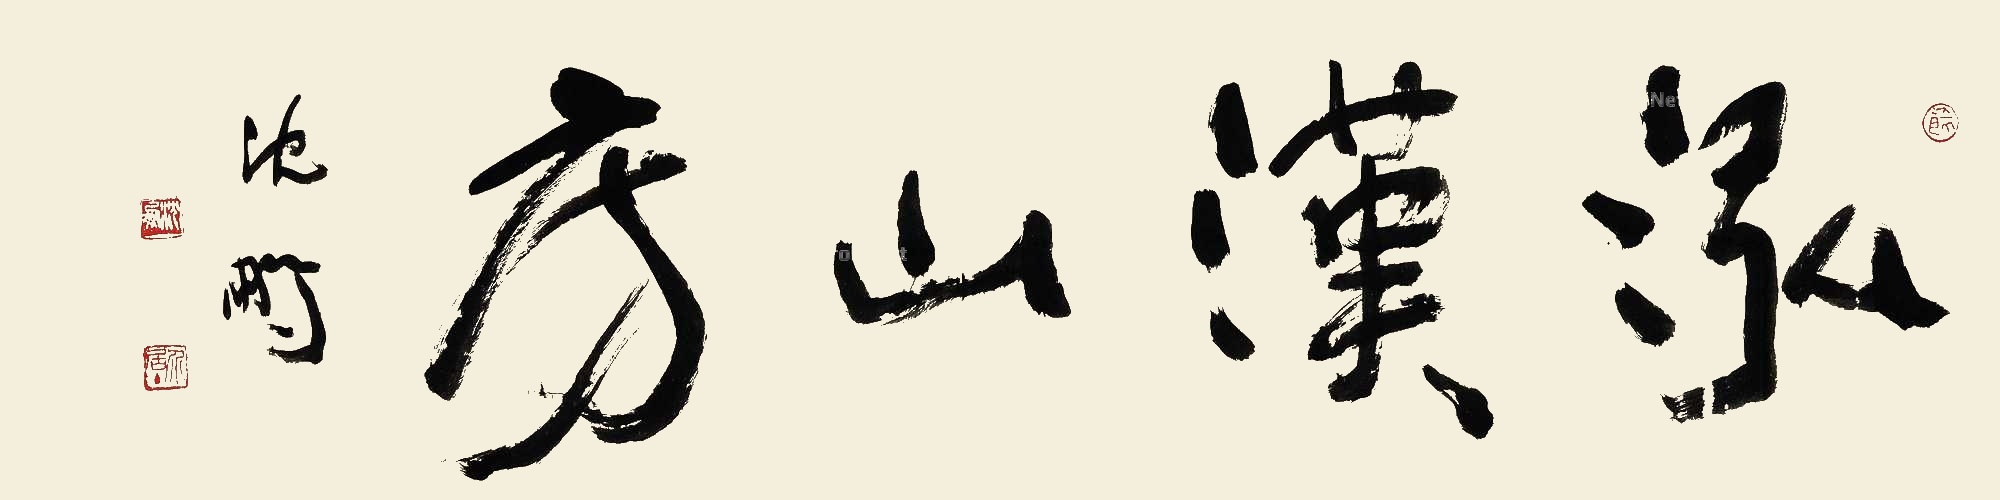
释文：泓汉山房。沈鹏。